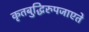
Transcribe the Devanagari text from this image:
कृतबुद्धिरुपजाएते